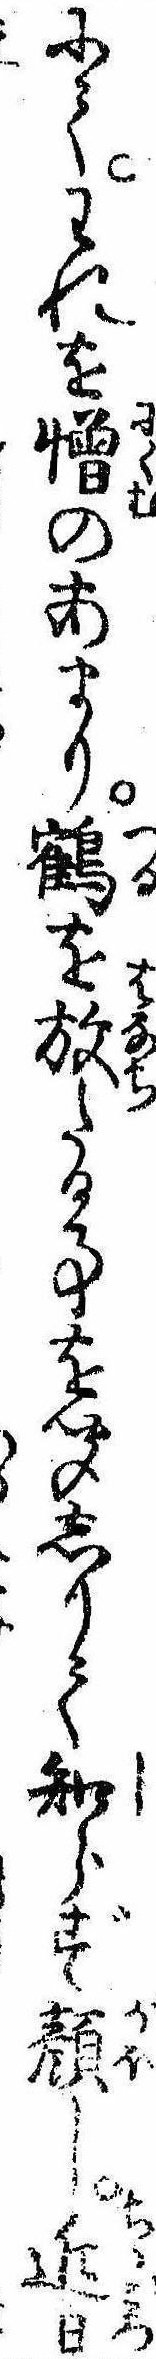
にてわれを憎のあまり鶴を放たる事を聞しりて知らず顔し近日